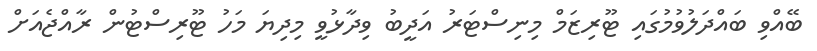
ބޭއްވި ބައްދަލުވުމުގައި ޓޫރިޒަމް މިނިސްޓަރު އަދީބު ވިދާޅުވީ މިދިޔަ މަހު ޓޫރިސްޓުން ރާއްޖެއަށް